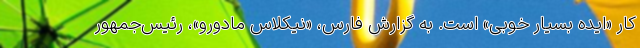
کار «ایده بسیار خوبی» است. به گزارش فارس، «نیکلاس مادورو»، رئیس‌جمهور